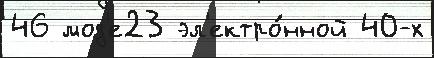
46 мод'е23 эл'ектро́нной 40-х